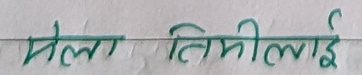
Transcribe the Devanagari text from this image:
मेला तिमीलाई